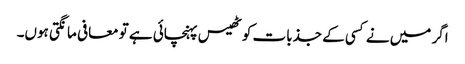
اگر میں نے کسی کے جذبات کو ٹھیس پہنچائی ہے تو معافی مانگتی ہوں۔